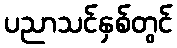
ပညာသင်နှစ်တွင်